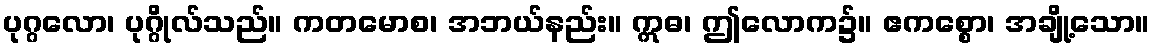
ပုဂ္ဂလော၊ ပုဂ္ဂိုလ်သည်။ ကတမောစ၊ အဘယ်နည်း။ ဣဓ၊ ဤလောက၌။ ဧကစ္စော၊ အချို့သော။